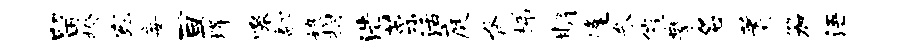
留揆宛妄亘烽嗥翻娘拊浩菜活庭脊梯期逢参催攀名蓍笳浯